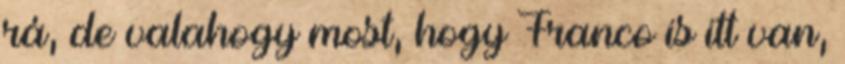
rá, de valahogy most, hogy Franco is itt van,